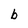
Character: b